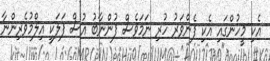
އެކި މީހުންގައި އެކި ފެންވަރު ހުރި ނަމަވެސް ފުންނާބު އުސް ފަލަކީ އިލްމުވެރިންނާ